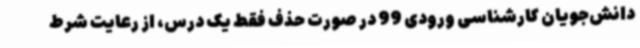
دانش‌جویان کارشناسی ورودی 99 در صورت حذف فقط یک درس، از رعایت شرط